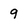
Character: 9